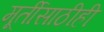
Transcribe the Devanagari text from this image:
मूर्तीसाठीही